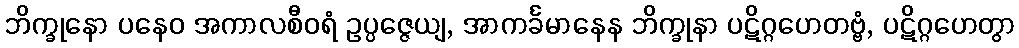
ဘိက္ခုနော ပနေဝ အကာလစီဝရံ ဥပ္ပဇ္ဇေယျ, အာကင်္ခမာနေန ဘိက္ခုနာ ပဋိဂ္ဂဟေတဗ္ဗံ, ပဋိဂ္ဂဟေတွာ